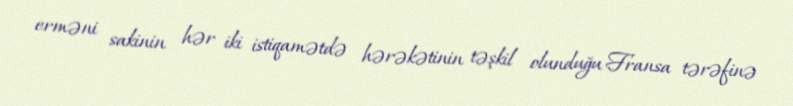
erməni sakinin hər iki istiqamətdə hərəkətinin təşkil olunduğu Fransa tərəfinə